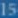
15